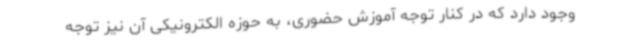
وجود دارد که در کنار توجه آموزش حضوری، به حوزه الکترونیکی آن نیز توجه